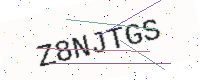
Text: Z8NJTGS